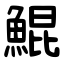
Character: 鯤